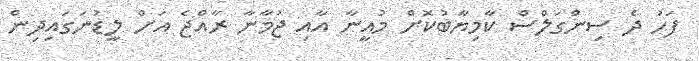
ފަހު ދެ ސިންގަލްސް ކާމިޔާބުކޮށް މުއީނާ އާއި ޖުމާނާ ރާއްޖެ އަށް ލީޑުނަގައިދިން